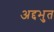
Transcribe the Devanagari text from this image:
अद्दभुत